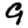
Digit: 9